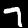
Label: 7